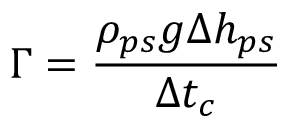
\Gamma = \frac { \rho _ { p s } g \Delta h _ { p s } } { \Delta t _ { c } }